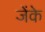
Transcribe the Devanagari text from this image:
जेंके